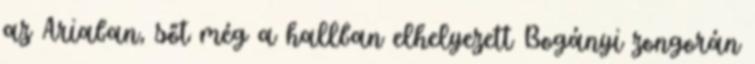
az Ariaban, sőt még a hallban elhelyezett Bogányi zongorán